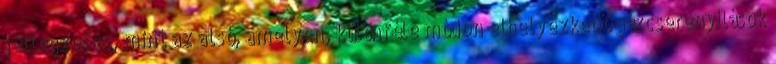
jellegzetes, mint az alsó, amelyen, különféle módon elhelyezkedő gázcserenyílások